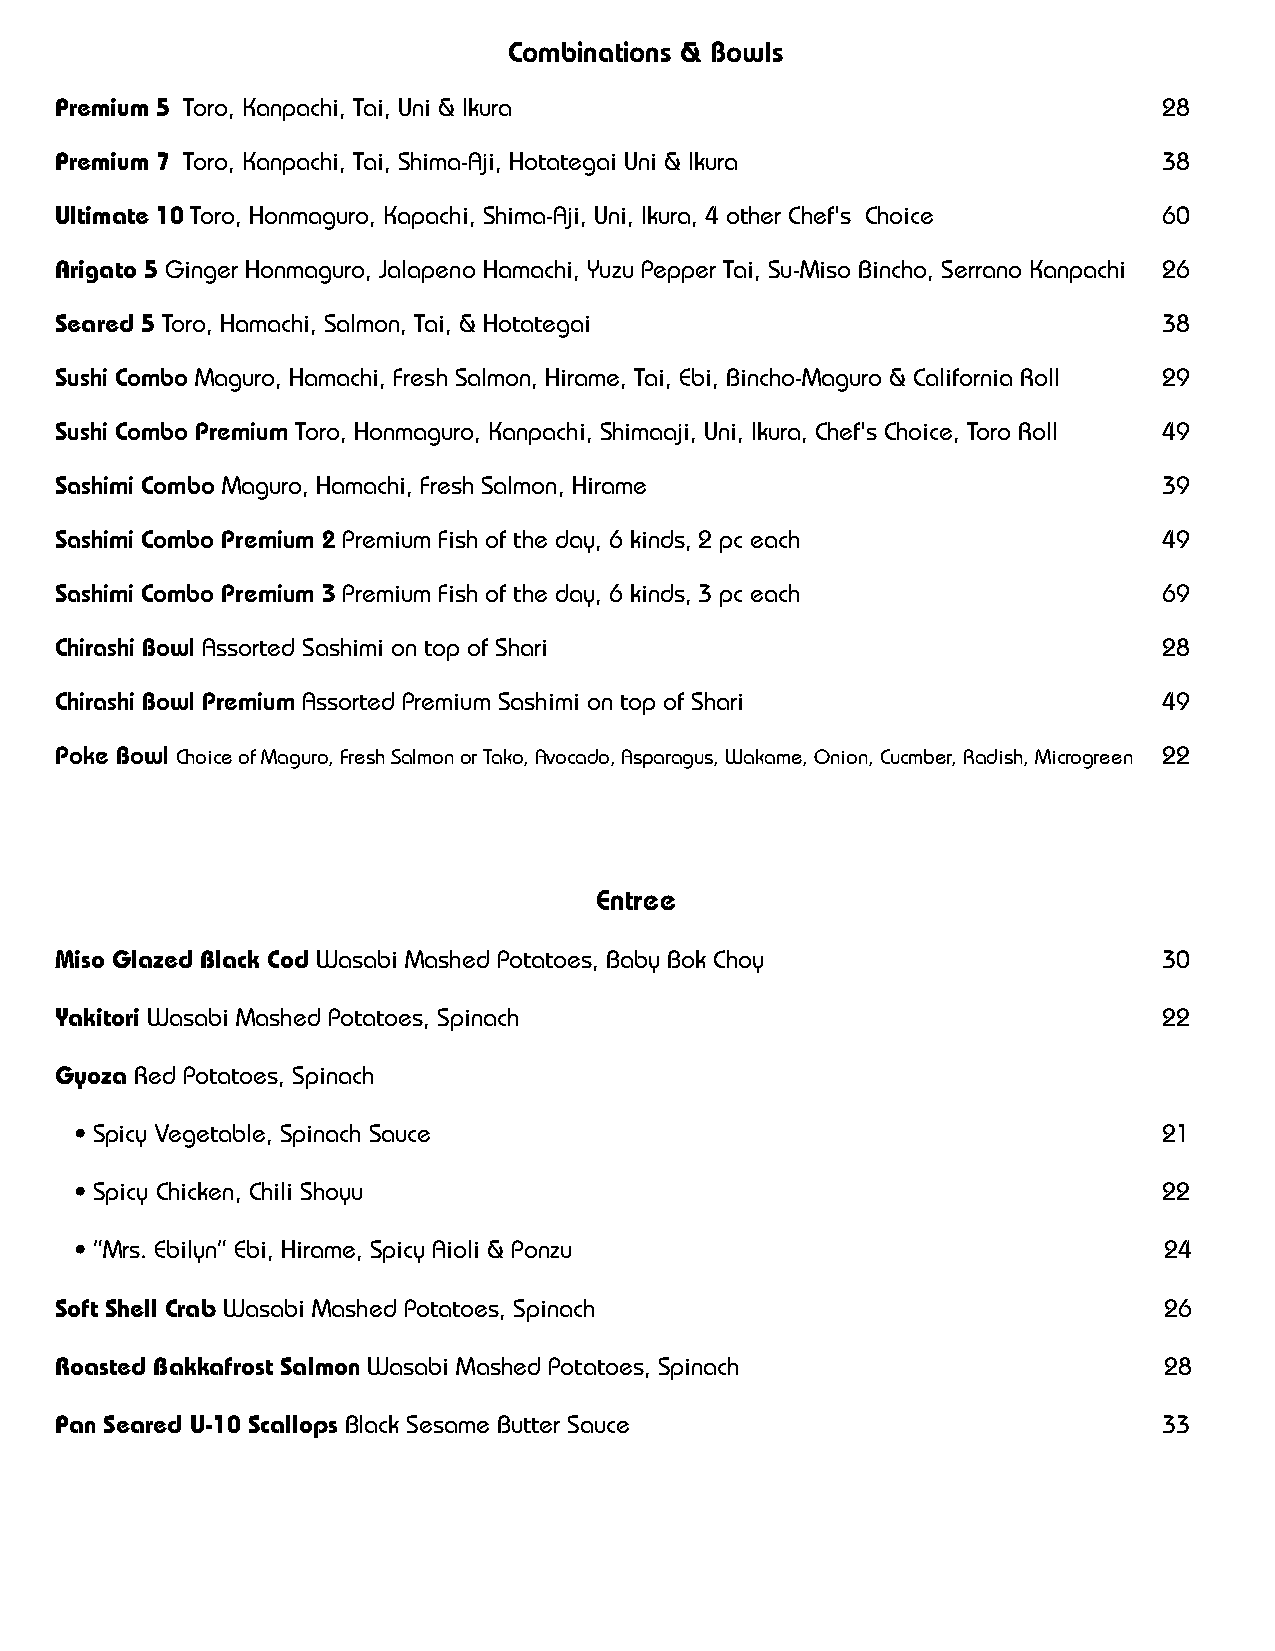
Combinations & Bowls
 Premium 5 Toro, Kanpachi, Tai, Uni & Ikura                               28
 Premium 7 Toro, Kanpachi, Tai, Shima-Aji, Hotategai Uni & Ikura          38
 Ultimate 10 Toro, Honmaguro, Kapachi, Shima-Aji, Uni, Ikura, 4 other Chef's Choice 60
 Arigato 5 Ginger Honmaguro, Jalapeno Hamachi, Yuzu Pepper Tai, Su-Miso Bincho, Serrano Kanpachi 26
 Seared 5 Toro, Hamachi, Salmon, Tai, & Hotategai                         38
 Sushi Combo Maguro, Hamachi, Fresh Salmon, Hirame, Tai, Ebi, Bincho-Maguro & California Roll 29
 Sushi Combo Premium Toro, Honmaguro, Kanpachi, Shimaaji, Uni, Ikura, Chef's Choice, Toro Roll 49
 Sashimi Combo Maguro, Hamachi, Fresh Salmon, Hirame                      39
 Sashimi Combo Premium 2 Premium Fish of the day, 6 kinds, 2 pc each      49
 Sashimi Combo Premium 3 Premium Fish of the day, 6 kinds, 3 pc each      69
 Chirashi Bowl Assorted Sashimi on top of Shari                           28
 Chirashi Bowl Premium Assorted Premium Sashimi on top of Shari           49
 Poke Bowl Choice of Maguro, Fresh Salmon or Tako, Avocado, Asparagus, Wakame, Onion, Cucmber, Radish, Microgreen 22
 Entree
 Miso Glazed Black Cod Wasabi Mashed Potatoes, Baby Bok Choy              30
 Yakitori Wasabi Mashed Potatoes, Spinach                                 22
 Gyoza Red Potatoes, Spinach
 • Spicy Vegetable, Spinach Sauce                                        21
 • Spicy Chicken, Chili Shoyu                                            22
 • ”Mrs. Ebilyn” Ebi, Hirame, Spicy Aioli & Ponzu                        24
 Soft Shell Crab Wasabi Mashed Potatoes, Spinach                          26
 Roasted Bakkafrost Salmon Wasabi Mashed Potatoes, Spinach                28
 Pan Seared U-10 Scallops Black Sesame Butter Sauce                       33